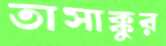
তাসাক্কুর